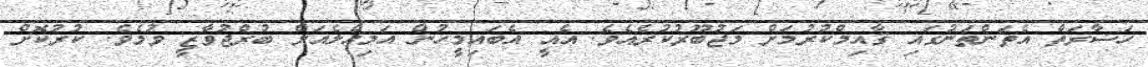
ހަޟާރަތް އެތަންތަނުގައި ޤާއިމްކުރުމަށް މަޖުބޫރުކުރެއެވެ. އެއީ އެބައިމީހުން އަމިއްލެއަށް ބުރްޖުވާޒީ ވުމެވެ. ކުރުކޮށް